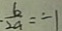
\cdot \frac { b } { 2 a } = \dot { - } 1